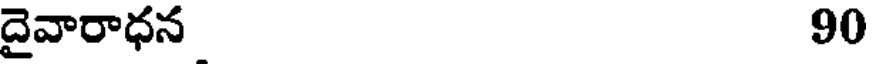
దైవారాధన 90